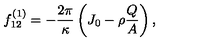
f _ { 1 2 } ^ { \left( 1 \right) } = - \frac { 2 \pi } { \kappa } \left( J _ { 0 } - \rho \frac { Q } { A } \right) ,